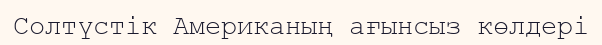
Солтүстік Американың ағынсыз көлдері